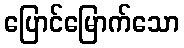
ပြောင်မြောက်သော